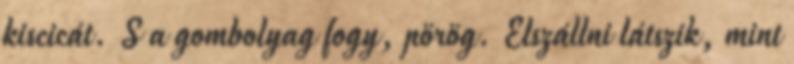
kiscicát. S a gombolyag fogy, pörög. Elszállni látszik, mint